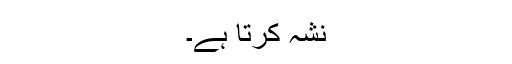
نشہ کرتا ہے۔